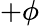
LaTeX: +\phi